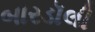
બારડૉલી